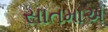
સાતમાએ